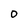
Character: 0